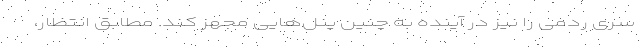
سری ردمی را نیز در آینده به چنین پنل‌هایی مجهز کند. مطابق انتظار،